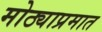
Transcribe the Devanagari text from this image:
मोठ्याप्रमात